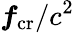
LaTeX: \boldsymbol{f}_{\mathrm{cr}}/c^{2}